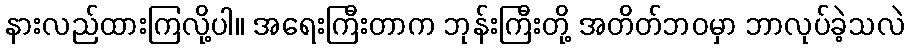
နားလည်ထားကြလို့ပါ။ အရေးကြီးတာက ဘုန်းကြီးတို့ အတိတ်ဘဝမှာ ဘာလုပ်ခဲ့သလဲ